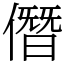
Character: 僭